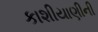
કાશીયાણીની